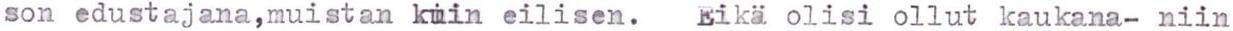
son edustajana,muistan kuin eilisen.  Eikä olisi ollut kaukana- niin